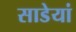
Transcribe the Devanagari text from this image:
साडेयां